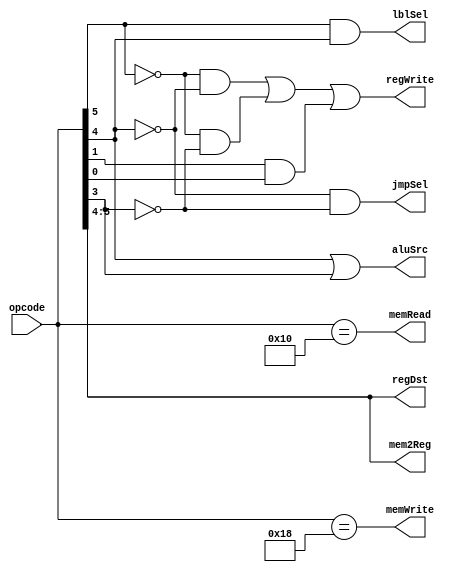
`timescale 1ns / 1ps
//////////////////////////////////////////////////////////////////////////////////
// Company: 
// Engineer: 
// 
// Design Name: 
// Module Name:    Controller 
// Project Name: 
// Target Devices: 
// Tool versions: 
// Description: 
//
// Dependencies: 
//
// Revision: 
// Revision 0.01 - File Created
// Additional Comments: 
//
//////////////////////////////////////////////////////////////////////////////////
module Controller(
    input  [5:0] opcode,
	 output reg memRead,
	 output reg memWrite,
	 output reg regWrite,
	 output reg [1:0] regDst,
	 output reg [1:0] mem2Reg,
	 output reg aluSrc,
	 output reg lblSel,
	 output reg jmpSel
    );
	 
	 
	 always@(*) begin
		jmpSel <= ~opcode[4] & ~opcode[3];
		lblSel <= opcode[5] & opcode[4];
		mem2Reg <= opcode[5:4];
		memWrite <= (opcode == 6'b011000);
		memRead <= (opcode == 6'b010000);
		aluSrc <= opcode[4] | opcode[3];	 
		regWrite <= (~opcode[5] & ~opcode[4]) | (~opcode[5] & ~opcode[3]) | ( opcode[1] &  opcode[0]);						
		regDst[0] <= opcode[4];
		regDst[1] <= opcode[5];
	 end

endmodule